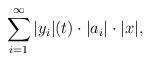
LaTeX: \begin{align*}\sum_{i=1}^\infty |y_i|(t)\cdot|a_i|\cdot|x|,\end{align*}